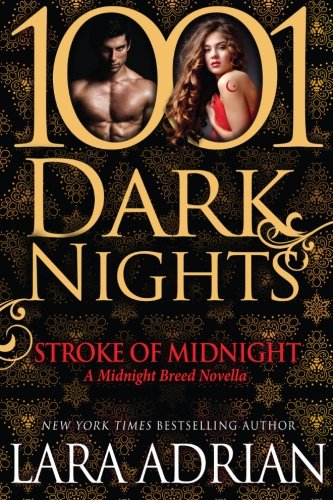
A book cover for Stroke of Midnight: A Midnight Breed Novella (1001 Dark Nights); Lara Adrian; Romance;